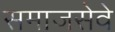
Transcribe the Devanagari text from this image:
समाजसेवे